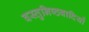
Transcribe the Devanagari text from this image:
वस्तुनिष्ठवादियों